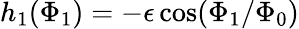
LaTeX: h_{1}(\Phi_{1})=-\epsilon\cos(\Phi_{1}/\Phi_{0})